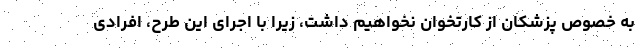
به خصوص پزشکان از کارتخوان نخواهیم داشت، زیرا با اجرای این طرح، افرادی